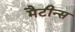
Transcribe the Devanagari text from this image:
मैटीन्स